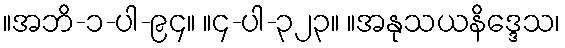
။အဘိ-၁-ပါ-၉၄။ ။၄-ပါ-၃၂၃။ ။အနုသယနိဒ္ဒေသ၊